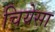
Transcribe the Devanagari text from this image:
चियेसा